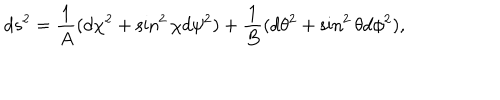
d s ^ { 2 } = { \frac { 1 } { A } } ( d \chi ^ { 2 } + \sin ^ { 2 } \chi d \psi ^ { 2 } ) + { \frac { 1 } { B } } ( d \theta ^ { 2 } + \sin ^ { 2 } \theta d \phi ^ { 2 } ) ,